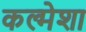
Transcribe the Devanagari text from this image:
कल्मेशा